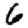
Digit: 6